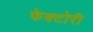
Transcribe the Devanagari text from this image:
फेक्टोरी